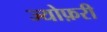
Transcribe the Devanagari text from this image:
ज्योफ़री